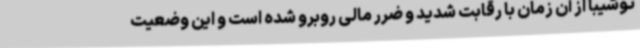
توشیبا از آن زمان با رقابت شدید و ضرر مالی روبرو شده است و این وضعیت